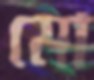
মো